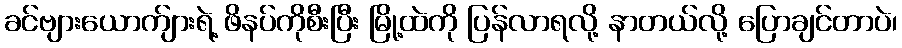
ခင်ဗျားယောက်ျားရဲ့ ဖိနပ်ကိုစီးပြီး မြို့ထဲကို ပြန်လာရလို့ နာတယ်လို့ ပြောချင်တာပဲ၊